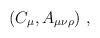
LaTeX: \begin{align*}(C_\mu, A_{\mu\nu\rho})\ ,\end{align*}